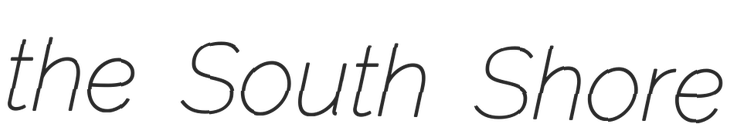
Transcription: the South Shore